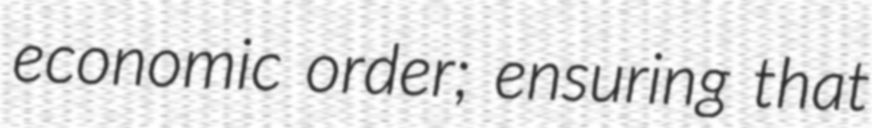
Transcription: economic order; ensuring that